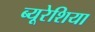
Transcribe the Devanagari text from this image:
ब्यूरेशिया